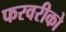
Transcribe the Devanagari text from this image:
फरवरीको